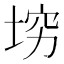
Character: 𰉴